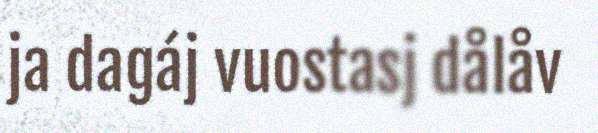
ja dagáj vuostasj dålåv